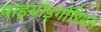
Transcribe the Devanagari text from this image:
पाइथोइगोरियन